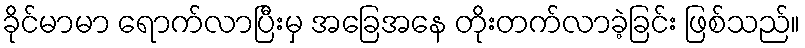
ခိုင်မာမာ ရောက်လာပြီးမှ အခြေအနေ တိုးတက်လာခဲ့ခြင်း ဖြစ်သည်။